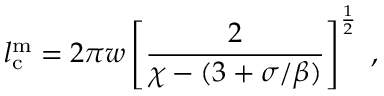
l _ { \mathrm { c } } ^ { \mathrm { m } } = 2 \pi w \left[ \frac { 2 } { \chi - ( 3 + \sigma / \beta ) } \right] ^ { \frac 1 2 } \; ,